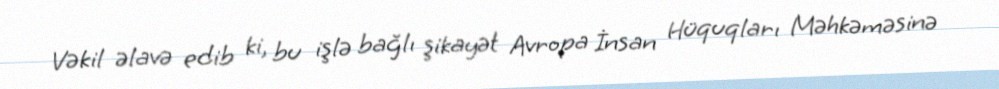
Vəkil əlavə edib ki, bu işlə bağlı şikayət Avropa İnsan Hüquqları Məhkəməsinə